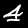
Label: 4